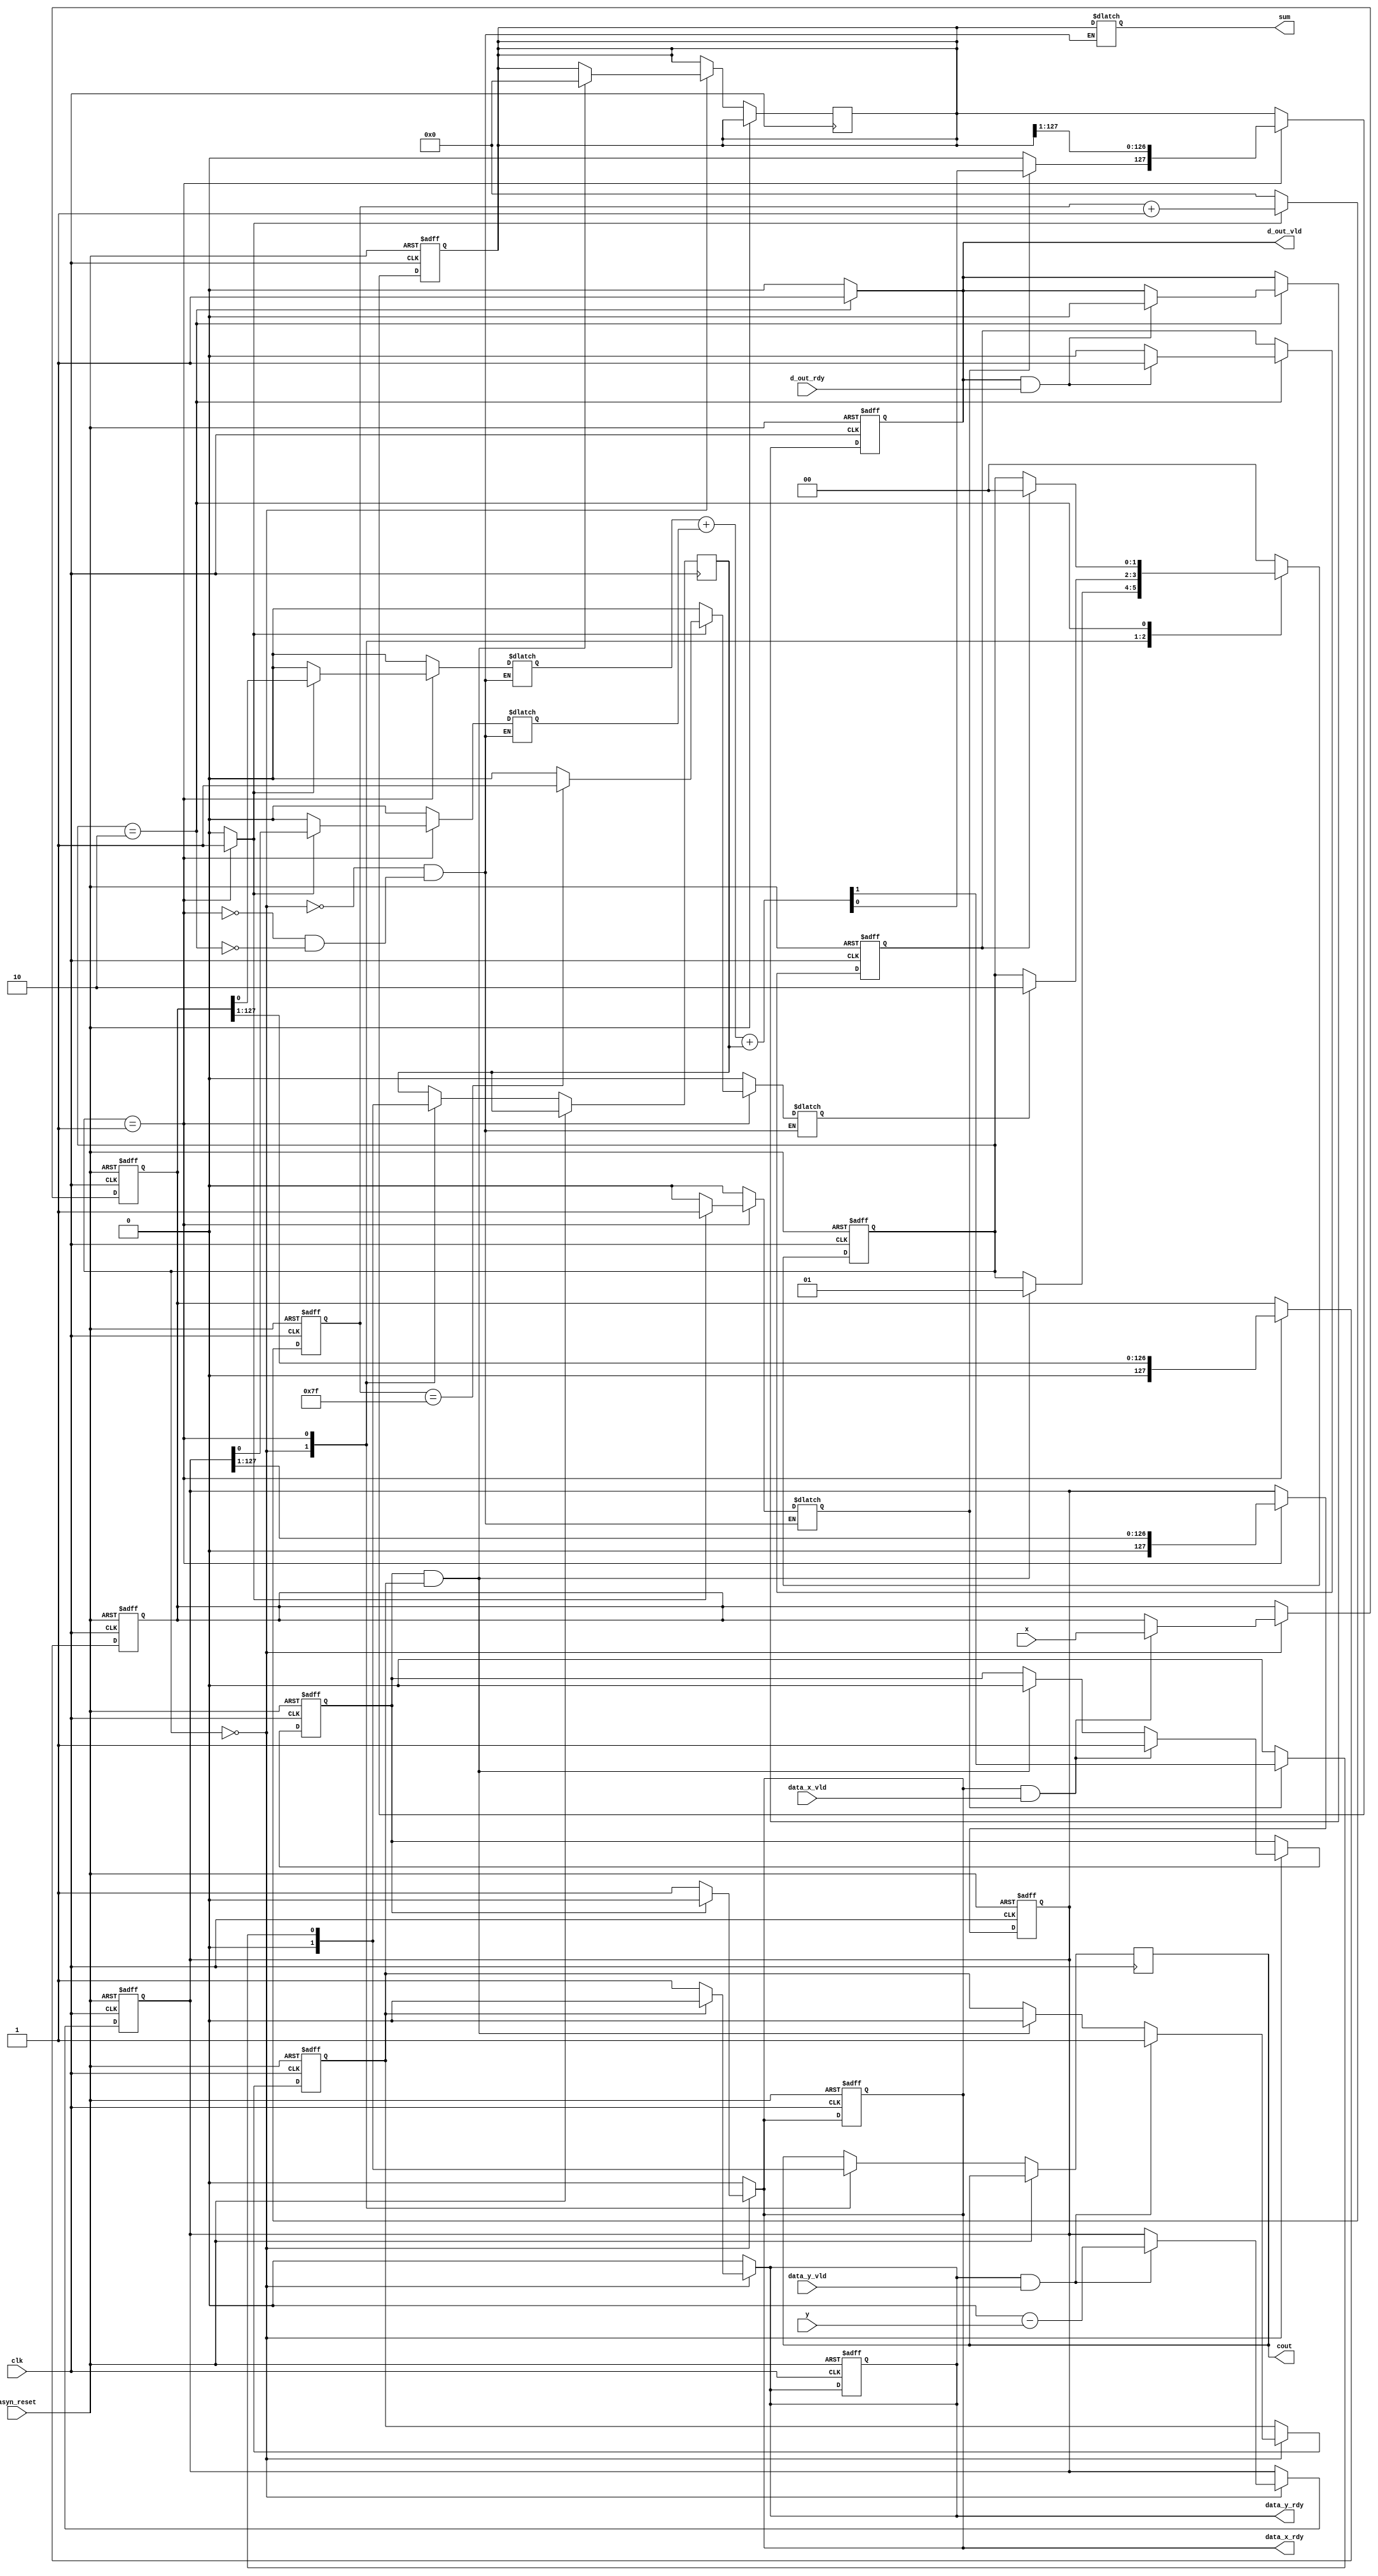
module Serial_add(
x,
y,
sum,
cout,
clk,
asyn_reset,
data_x_vld,
data_x_rdy,
data_y_vld,
data_y_rdy,
d_out_vld,
d_out_rdy
);
parameter width = 128;
parameter START=2'd0;
parameter COMP=2'd1;
parameter END=2'd2;
reg[1:0] STATE;	
input clk;
input asyn_reset;
input data_x_vld, data_y_vld;
output data_x_rdy, data_y_rdy;
reg data_x_rdy, data_y_rdy;
input d_out_rdy;
output d_out_vld;
reg d_out_vld;
input[width-1:0] x, y;
output[width-1:0] sum;
output cout;
reg cout;
reg cout_bit;
reg sum_bit;
reg cin, x_bit, y_bit;
reg[width-1 : 0] x_operand, y_operand, sum, sum_operand;
reg finish;
reg en_add;
reg[width-1 :0] counter;
// handshake protocool
reg hd_x, hd_y, hd_z;
reg addition_op;

initial begin
	hd_x <= 0;
	hd_y <= 0;
	hd_z <= 0;
end

	
//buliding handshake mechanism with other moduels
// hd FSM, state transitions
always @ (posedge clk or posedge asyn_reset) begin
	if (asyn_reset == 1) begin 
		STATE <= START;
		hd_x <= 0;
		hd_y <= 0;
		hd_z <= 0;
		data_x_rdy <= 0;
		data_y_rdy <= 0;
		d_out_vld<= 0;
		x_operand <= 0;
		y_operand <= 0;	
	end
	else begin
		case (STATE)
			START: begin
				// if both hd happen 
				if (hd_x == 1 && hd_y == 1) begin
					STATE <= COMP;
					hd_x <= 0;
					hd_y <= 0;
					sum_operand <= 0;

				end
				if (data_x_rdy && data_x_vld) begin
					hd_x <= 1;
					x_operand <= x;
				end
				if (data_y_rdy && data_y_vld) begin
					hd_y <= 1;
					y_operand <= 0 - y;
				end
			end
			COMP: begin
				if (finish == 1) begin
					STATE <= END;
				end
			end
			END: begin
				if (hd_z == 1) begin 
					STATE <= START;
					hd_z <= 0;
				end
				if (d_out_vld&&d_out_rdy) begin
					hd_z <= 1;
					d_out_vld <= 0;
				end
			end
			default: begin
				STATE <= START;
			end
		endcase
	end
end
	
//output signals are data_x_rdy,data_y_rdy,data_out_vld;
always @ (*) begin
	case (STATE)
		START: begin
			if (hd_x == 0) begin
				data_x_rdy <= 1;
			end
			else begin 
				data_x_rdy <= 0;
			end
			if (hd_y == 0) begin
				data_y_rdy <= 1;
			end
			else begin
				data_y_rdy <= 0;
			end	
			d_out_vld <=0;
			addition_op <= 0;
		end
		COMP: begin
			addition_op <= 1;
			data_x_rdy <= 0;
			data_y_rdy <= 0;
			d_out_vld <= 0;
		end
		END: begin
			addition_op <= 0;
			data_x_rdy <= 0;
			data_y_rdy <= 0;
			d_out_vld <= 1;
		end
		default: begin
			addition_op <= 0;
			data_x_rdy <= 0;
			data_y_rdy <= 0;
			d_out_vld<= 0;
		end
	endcase
end
// adder with enable
always @ (*) begin
	if (en_add) begin
		{cout_bit,sum_bit} = x_bit + y_bit + cin;
	end
	else begin
		cout_bit <= 0;
		sum_bit<= 0;
	end

end
// counter set up
always @ (posedge clk or posedge asyn_reset)begin
	if (asyn_reset == 1) begin
		counter <= 0;
	end
	else begin
		if (addition_op == 1)begin
			counter <= counter + 1;
		end
		else begin
			counter <= 0;
		end

	end

end



always @ (posedge clk or posedge asyn_reset) begin
	if (asyn_reset == 1)begin
		x_operand <= 0; 
		y_operand <= 0;
		sum_operand <= 0;
	end
	else begin
		case (STATE) 
			START : begin
				cin <= 0;
				cout <= 0;
			end
			COMP : begin
				x_operand <= {1'b0,x_operand[width-1:1]};
				y_operand <= {1'b0,y_operand[width-1:1]};
				sum_operand <= {sum_bit,sum_operand [width-1:1]};
				cin <= cout_bit;
				cout <= cout_bit;
			end
			END : begin
			end
		endcase	
	end
end

always @ (*) begin
	case (STATE) 
		START: begin
			sum <= sum_operand;
			x_bit <= 0;
			y_bit <= 0;
			finish <= 0;
			en_add <= 0;
		end
		COMP: begin
			if (addition_op == 1) begin
				x_bit <= x_operand[0];
				y_bit <= y_operand[0];
				sum <= sum_operand;
				en_add <= 1;
				if (counter == width-1)begin
					finish <= 1;
				end
				else begin
					finish <= 0;
				end
			end
			else begin
				sum <= sum_operand;
				x_bit <= 0;
				y_bit <= 0;
				finish <= 0;
				en_add <= 0;
			end
		end
		END: begin
			sum <= sum_operand;
			x_bit <= 0;
			y_bit <= 0;
			finish <= 0;
			en_add <= 0;
		end
	endcase
end

endmodule